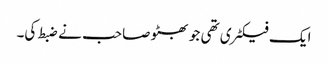
ایک فیکٹری تھی جو بھٹو صاحب نے ضبط کی۔